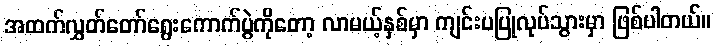
အထက်လွှတ်တော်ရွေးကောက်ပွဲကိုတော့ လာမယ့်နှစ်မှာ ကျင်းပပြုလုပ်သွားမှာ ဖြစ်ပါတယ်။